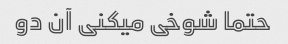
حتما شوخی میکنی آن دو